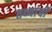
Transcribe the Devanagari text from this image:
तथ्यांची